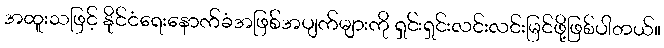
အထူးသဖြင့် နိုင်ငံရေးနောက်ခံအဖြစ်အပျက်များကို ရှင်းရှင်းလင်းလင်းမြင်ဖို့ဖြစ်ပါတယ်။